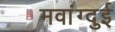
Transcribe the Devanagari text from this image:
मवांग्दुई